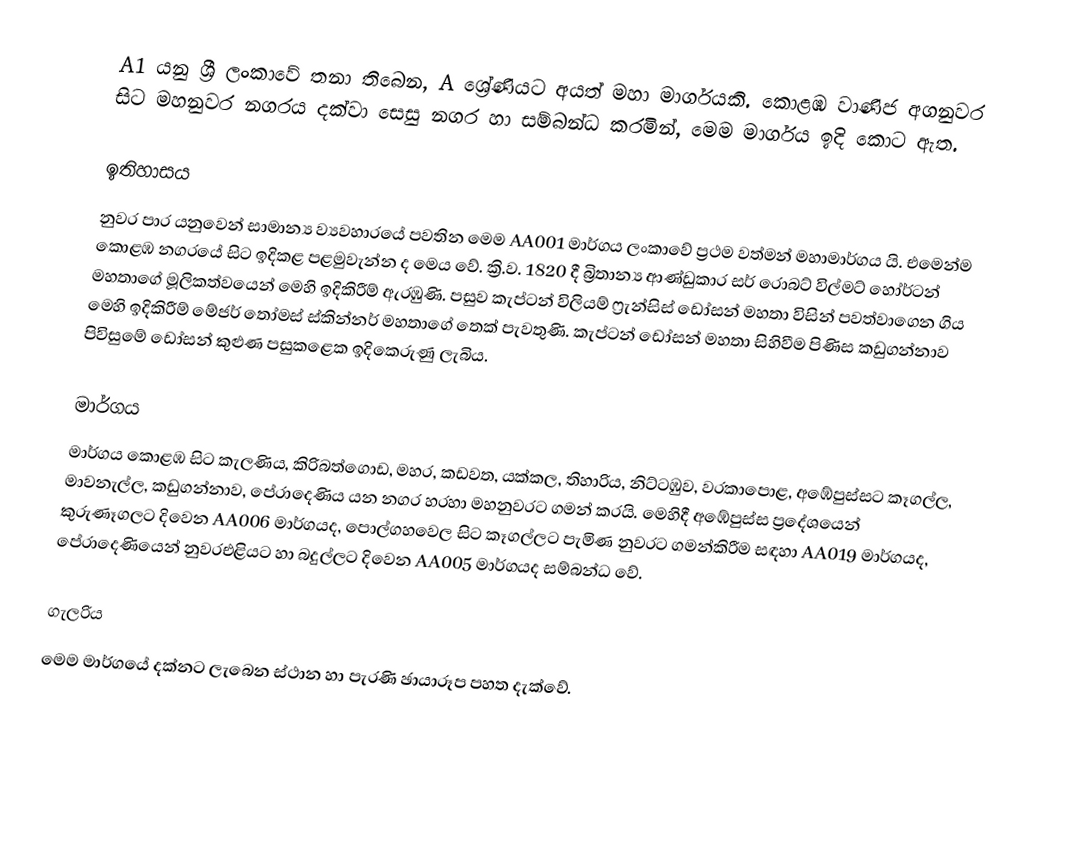
A1 යනු ශ්‍රී ලංකාවේ තනා තිබෙන, A ශ්‍රේණියට අයත් මහා මාර්ගයකි. කොළඹ වාණිජ අගනුවර සිට මහනුවර නගරය දක්වා සෙසු නගර හා සම්බන්ධ කරමින්, මෙම මාර්ගය ඉදි කොට ඇත.

ඉතිහාසය
නුවර පාර යනුවෙන් සාමාන්‍ය ව්‍යවහාරයේ පවතින මෙම AA001 මාර්ගය ලංකාවේ ප්‍රථම වත්මන් මහාමාර්ගය යි. එමෙන්ම කොළඹ නගරයේ සිට ඉදිකළ පළමුවැන්න ද මෙය වේ. ක්‍රි.ව. 1820 දී බ්‍රිතාන්‍ය ආණ්ඩුකාර සර් රොබට් විල්මට් හෝර්ටන් මහතාගේ මූලිකත්වයෙන් මෙහි ඉදිකිරීම් ඇරඹුණි. පසුව කැප්ටන් විලියම් ෆ්‍රැන්සිස් ඩෝසන් මහතා විසින් පවත්වාගෙන ගිය මෙහි ඉදිකිරීම් මේජර් තෝමස් ස්කින්නර් මහතාගේ තෙක් පැවතුණි. කැප්ටන් ඩෝසන් මහතා සිහිවීම පිණිස කඩුගන්නාව පිවිසුමේ ඩෝසන් කුළුණ පසුකළෙක ඉදිකෙරුණු ලැබිය.

මාර්ගය
මාර්ගය කොළඹ සිට කැලණිය, කිරිබත්ගොඩ, මහර, කඩවත, යක්කල, තිහාරිය, නිට්ටඹුව, වරකාපොළ, අඹේපුස්සට කෑගල්ල, මාවනැල්ල, කඩුගන්නාව, පේරාදෙණිය යන නගර හරහා මහනුවරට ගමන් කරයි. මෙහිදී අඹේපුස්ස ප්‍රදේශයෙන් කුරුණෑගලට දිවෙන AA006 මාර්ගයද, පොල්ගහවෙල සිට කෑගල්ලට පැමිණ නුවරට ගමන්කිරීම සඳහා AA019 මාර්ගයද, පේරාදෙණියෙන් නුවරඑළියට හා බදුල්ලට දිවෙන AA005 මාර්ගයද සම්බන්ධ වේ.

ගැලරිය
මෙම මාර්ගයේ දක්නට ලැබෙන ස්ථාන හා පැරණි ඡායාරූප පහත දැක්වේ.